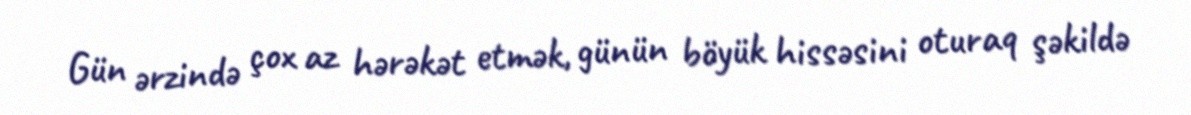
Gün ərzində çox az hərəkət etmək, günün böyük hissəsini oturaq şəkildə